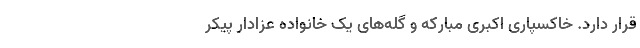
قرار دارد. خاکسپاری اکبری مبارکه و گله‌های یک خانواده عزادار پیکر